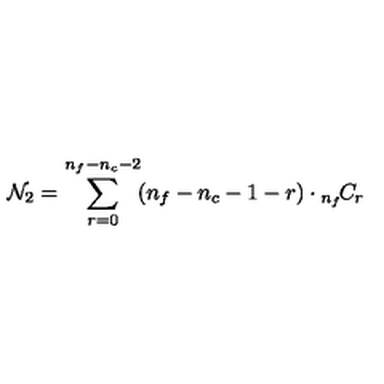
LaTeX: { \cal N } _ { 2 } = \sum _ { r = 0 } ^ { n _ { f } - n _ { c } - 2 } \! ( n _ { f } - n _ { c } - 1 - r ) \cdot { } _ { n _ { f } } \! C _ { r } \,